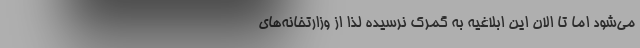
می‌شود اما تا الان این ابلاغیه به گمرک نرسیده لذا از وزارتخانه‌های